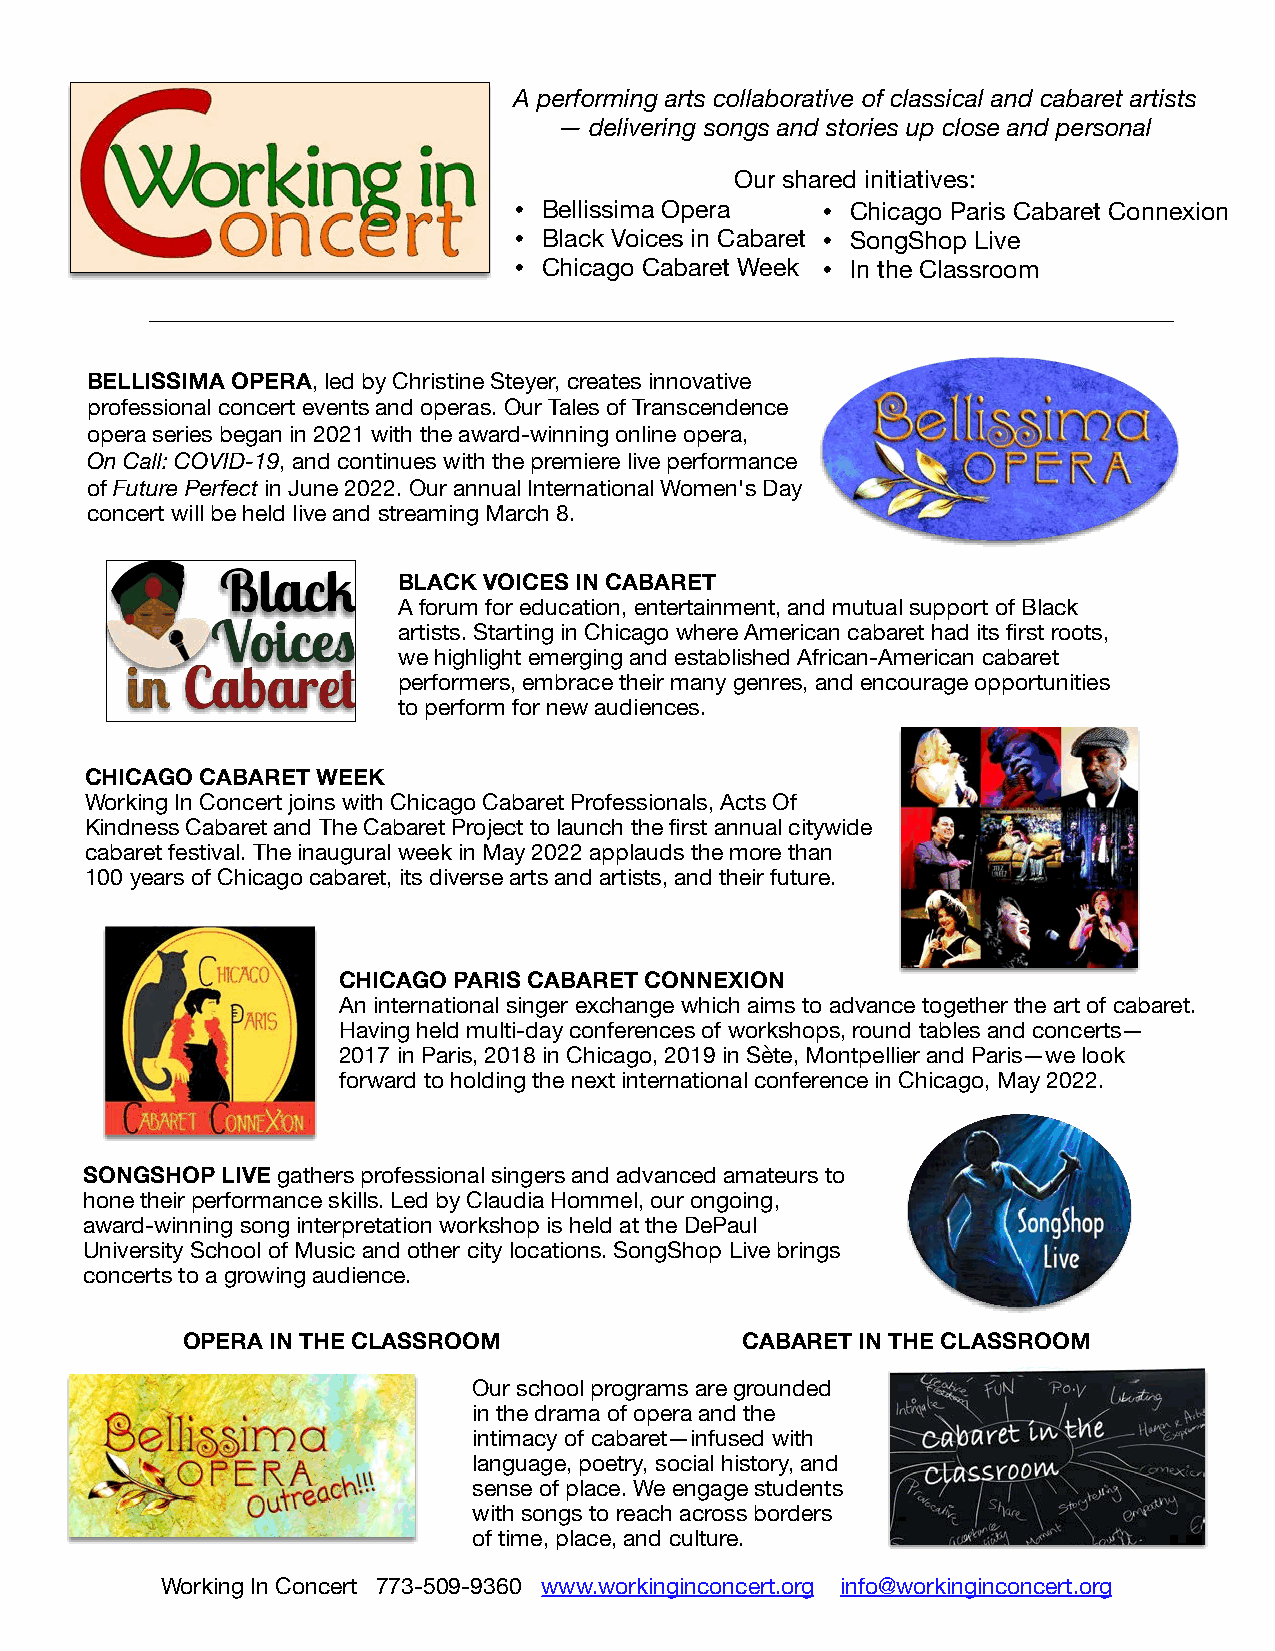
A performing arts collaborative of classical and cabaret artists
 — delivering songs and stories up close and personal
 Our shared initiatives:
 • Bellissima Opera  • Chicago Paris Cabaret Connexion
 • Black Voices in Cabaret • SongShop Live
 • Chicago Cabaret Week • In the Classroom
 BELLISSIMA OPERA, led by Christine Steyer, creates innovative
 professional concert events and operas. Our Tales of Transcendence
 opera series began in 2021 with the award-winning online opera,
 On Call: COVID-19, and continues with the premiere live performance
 of Future Perfect in June 2022. Our annual International Women's Day
 concert will be held live and streaming March 8.
 BLACK VOICES IN CABARET
 A forum for education, entertainment, and mutual support of Black
 artists. Starting in Chicago where American cabaret had its first roots,
 we highlight emerging and established African-American cabaret
 performers, embrace their many genres, and encourage opportunities
 to perform for new audiences.
 CHICAGO CABARET WEEK
 Working In Concert joins with Chicago Cabaret Professionals, Acts Of
 Kindness Cabaret and The Cabaret Project to launch the first annual citywide
 cabaret festival. The inaugural week in May 2022 applauds the more than
 100 years of Chicago cabaret, its diverse arts and artists, and their future.
 CHICAGO PARIS CABARET CONNEXION
 An international singer exchange which aims to advance together the art of cabaret.
 Having held multi-day conferences of workshops, round tables and concerts—
 2017 in Paris, 2018 in Chicago, 2019 in Sète, Montpellier and Paris—we look
 forward to holding the next international conference in Chicago, May 2022.
 SONGSHOP  LIVE gathers professional singers and advanced amateurs to
 hone their performance skills. Led by Claudia Hommel, our ongoing,
 award-winning song interpretation workshop is held at the DePaul
 University School of Music and other city locations. SongShop Live brings
 concerts to a growing audience.
 OPERA IN THE CLASSROOM               CABARET IN THE CLASSROOM
 Our school programs are grounded
 in the drama of opera and the
 intimacy of cabaret—infused with
 language, poetry, social history, and
 sense of place. We engage students
 with songs to reach across borders
 of time, place, and culture.
 Working In Concert 773-509-9360 www.workinginconcert.org info@workinginconcert.org